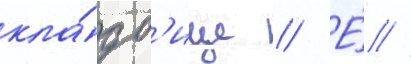
кла́дб'ище // Е́ //